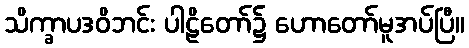
သိက္ခာပဒဝိဘင်း ပါဠိတော်၌ ဟောတော်မူအပ်ပြီ။